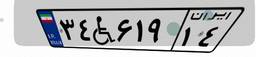
۳۴W۶۱۹۱۴